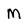
Character: M